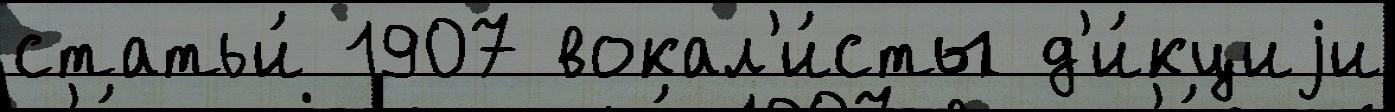
статьи́ 1907 вокал'и́сты д'и́кциjи